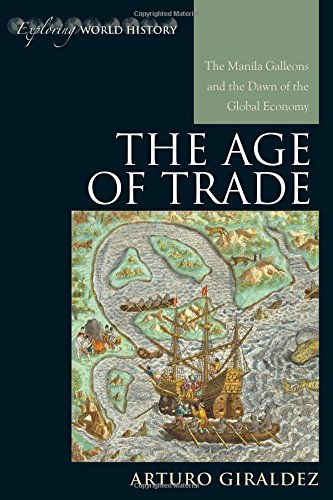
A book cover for The Age of Trade: The Manila Galleons and the Dawn of the Global Economy (Exploring World History); Arturo Giraldez; History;